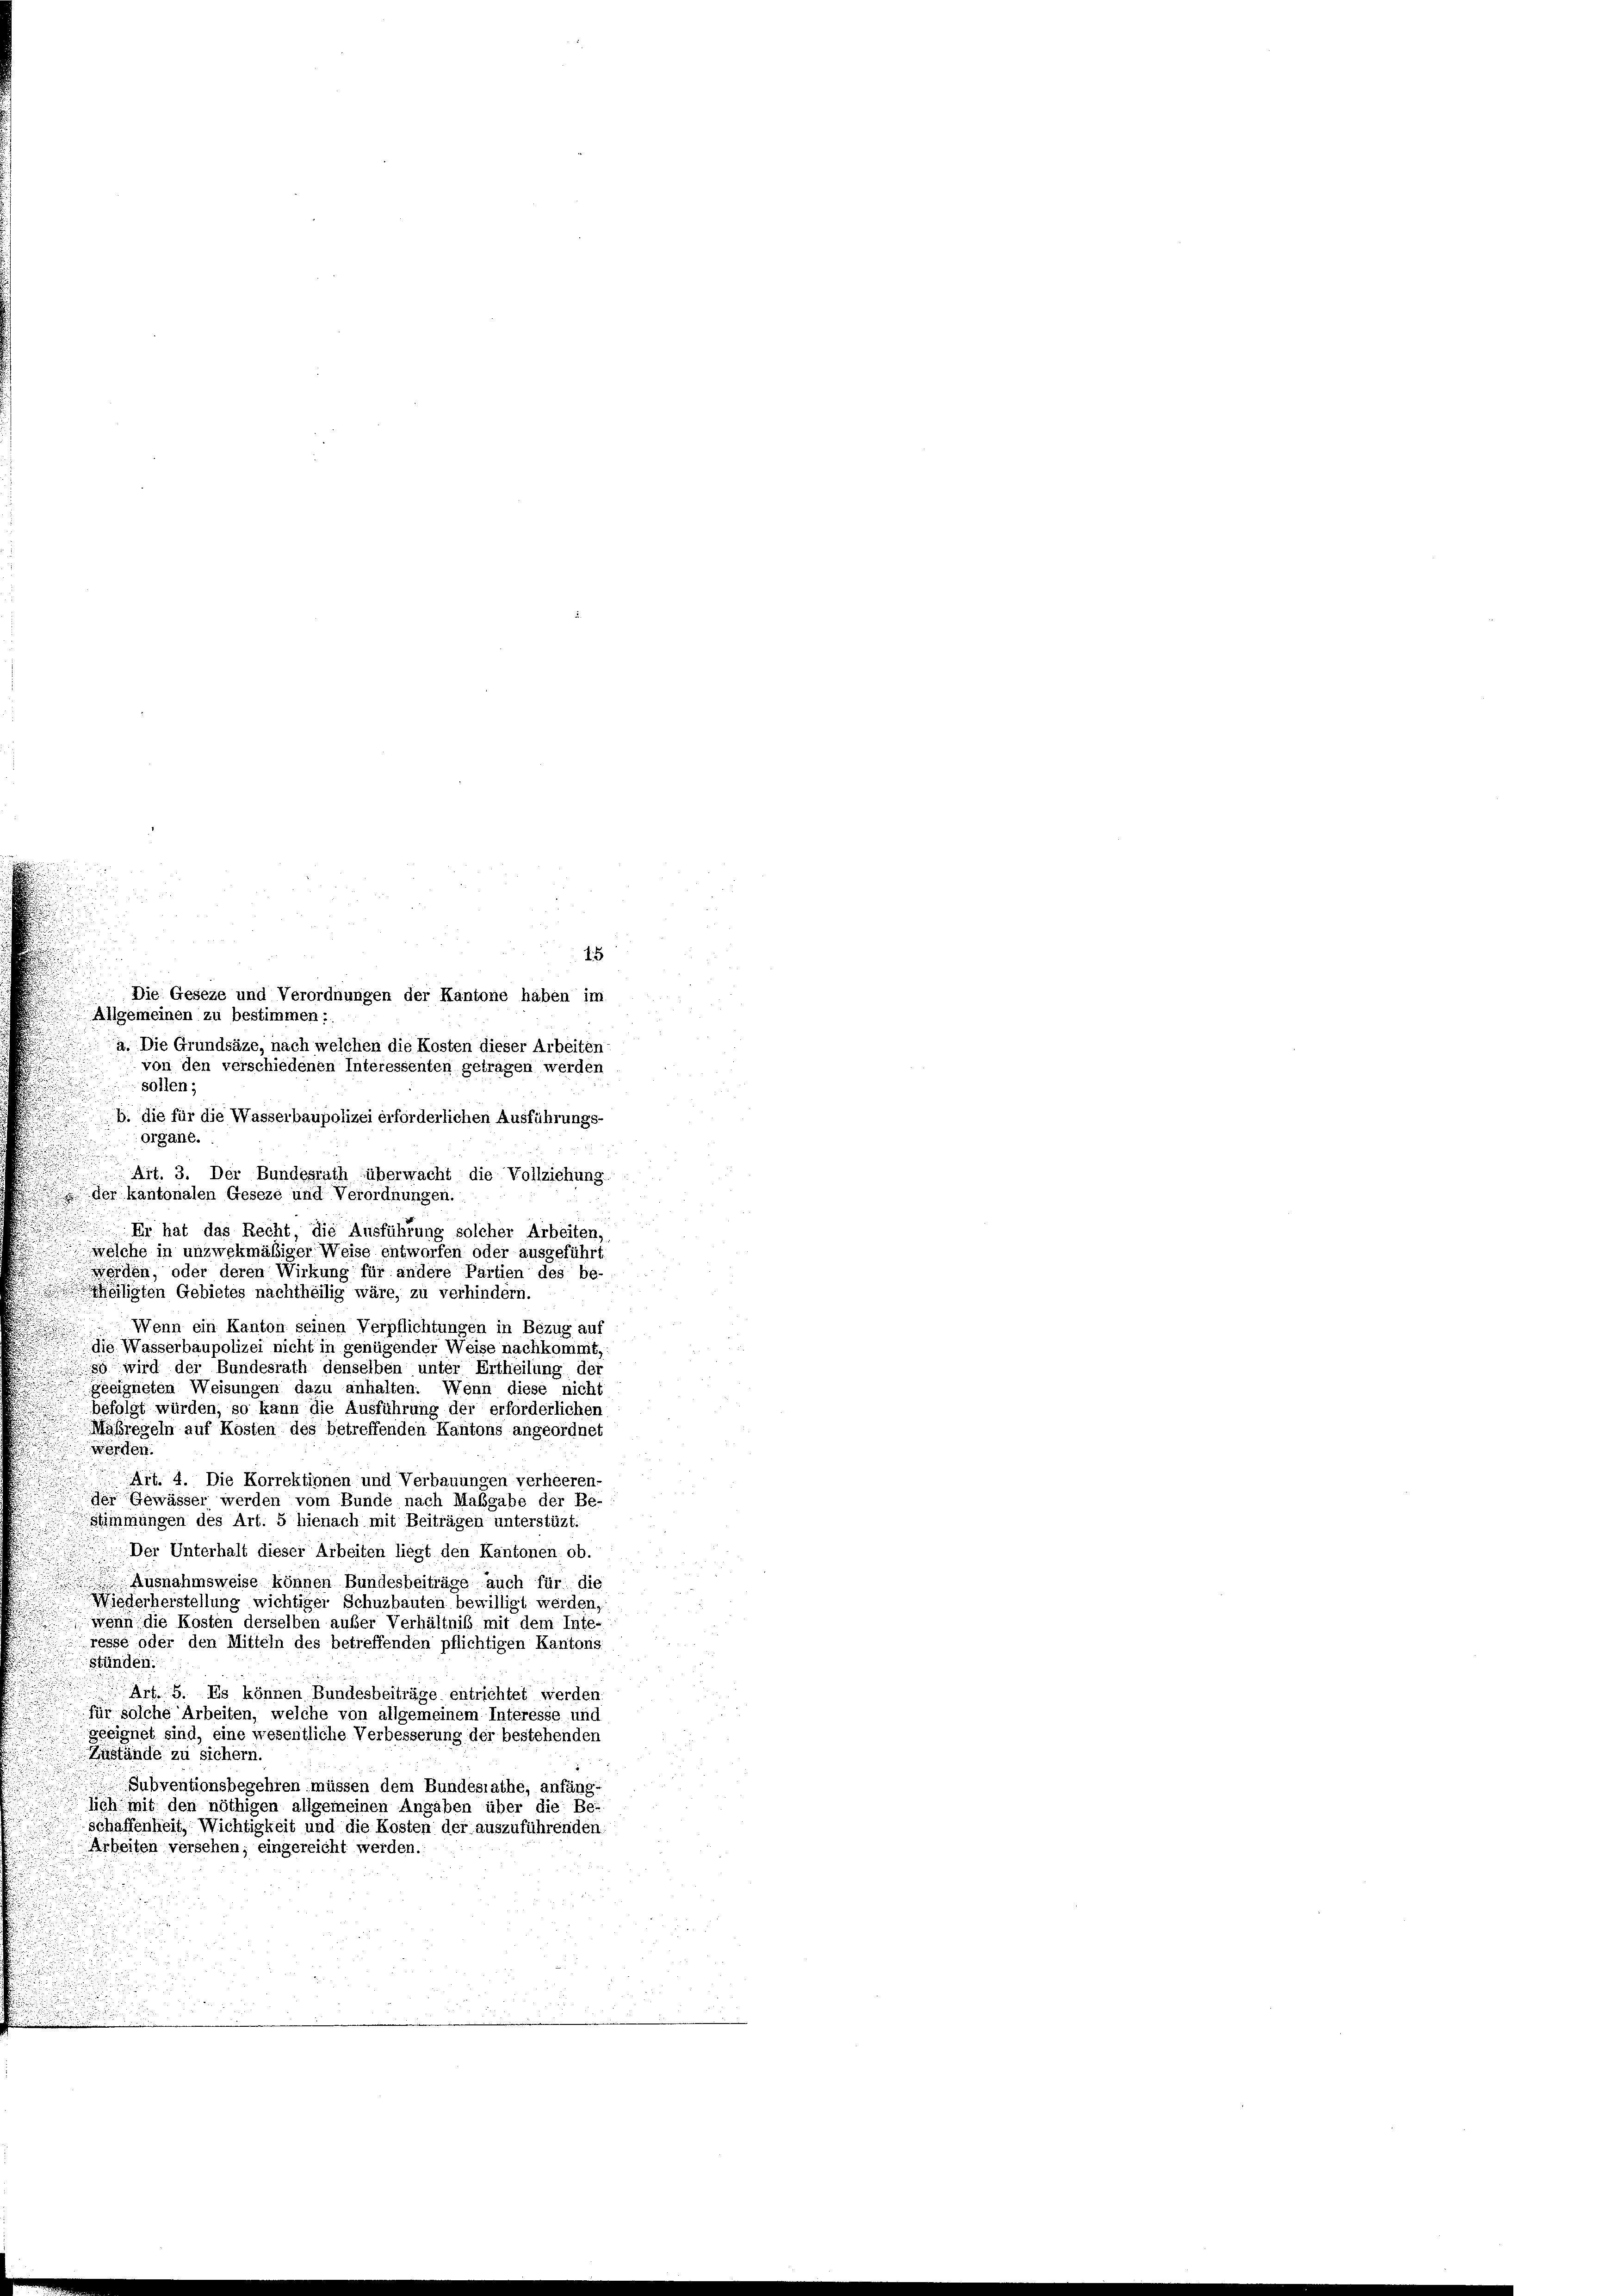
Die Geseze und Verordnungen der Kantone haben im
Allgemeinen zu bestimmen:
a. Die Grundsäze, nach welchen die Kosten dieser Arbeiten-
von den verschiedenen Interessenten getragen werden
sollen;
b. die für die Wasserbaupolizei erforderlichen Ausführungs-
organe.
Ait. 3. Der Bundesrath überwacht die Vollziehung.
der kantonalen Geseze und Verordnungen.
Er hat das Recht, die Ausführung solcher Arbeiten,
welche in unzwekmäßiger Weise entworfen oder ausgeführt,
d
werden, oder deren Wirkung für andere Partien des be-
heiligten Gebietes nachtheilig wäre, zu verhindern.
Wenn ein Kanton seinen Verpflichtungen in Bezug auf
die Wasserbaupolizei nicht in genügender Weise nachkommt,
86 wird der Bundesrath denselben unter Ertheilung der
geeigneten Weisungen dazu anhalten. Wenn diese nicht
befolgt würden, so kann die Ausführung der erforderlichen
Maßregeln auf Kosten des betreffenden Kantons angeordnet
werden.
Art. 4. Die Korrektionen und Verbauungen verheeren-
der Gewässer werden vom Bunde nach Mabgabe der Be-
Stimmungen des Art. 5 hienach mit Beiträgen unterstüzt:
Der Unterhalt dieser Arbeiten liegt den Kantonen ob.
Ausnahmsweise können Bundesbeiträge auch für die
Wiederherstellung wichtiger Schuzbauten bewilligt werden,
wenn die Kosten derselben außer Verhältniß mit dem Inte-
resse oder den Mitteln des betreffenden pflichtigen Kantons-
stünden.
Art. 5. Es können Bundesbeiträge entrichtet werden.
für solche Arbeiten, welche von allgemeinem Interesse und
geeignet sind, eine wesentliche Verbesserung der bestehenden
Zustände zu sichern.
Subventionsbegehren müssen dem Bundesrathe, anfäng-
lich mit den nöthigen allgemeinen Angaben über die Beschaffenheit, Wichtigkeit und die Kosten der auszuführenden
Arbeiten versehen; eingereicht werden.

15